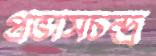
প্রভাসচন্দ্র